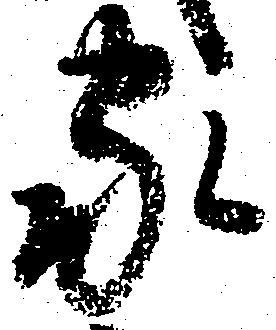
家